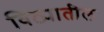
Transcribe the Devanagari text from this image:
विठ्यातील